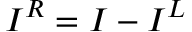
I ^ { R } = I - I ^ { L }